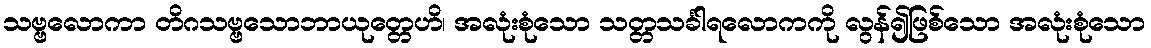
သဗ္ဗလောကာ တိဂသဗ္ဗသောဘာယုတ္တေဟိ၊ အလုံးစုံသော သတ္တသင်္ခါရလောကကို လွန်၍ဖြစ်သော အလုံးစုံသော